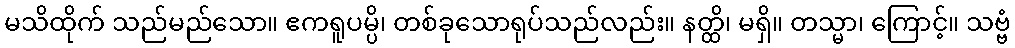
မသိထိုက် သည်မည်သော။ ဧကရူပမ္ပိ၊ တစ်ခုသောရုပ်သည်လည်း။ နတ္ထိ၊ မရှိ။ တသ္မာ၊ ကြောင့်။ သဗ္ဗံ